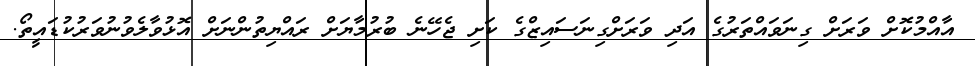
އާއްމުކޮށް ވަރަށް ގިނަވައްތަރުގެ އަދި ވަރަށްގިނަސައިޒްގެ ކަށި ޖެހޭނެ ބުރުމާޔަށް ރައްޔިތުންނަށް އޮޅުވާލެވުނުވަރުކުޑައީތޯ.